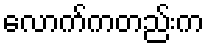
လောက်ကတည်းက